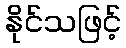
နိုင်သဖြင့်